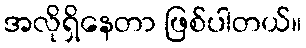
အလိုရှိနေတာ ဖြစ်ပါတယ်။